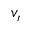
v _ { r }